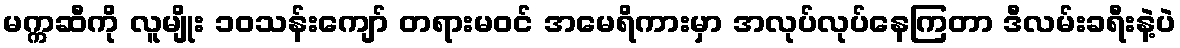
မက္ကဆီကို လူမျိုး ၁၀သန်းကျော် တရားမဝင် အမေရိကားမှာ အလုပ်လုပ်နေကြတာ ဒီလမ်းခရီးနဲ့ပဲ